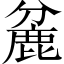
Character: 麄